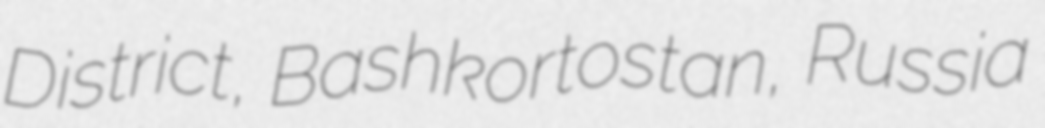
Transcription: District, Bashkortostan, Russia